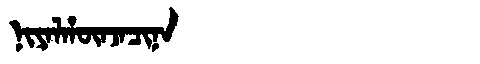
Manchu: ᠨᡳᠶᠠᠯᡥᡡᠨᠵᠠᠴᡳᠨᠠ
Romanization: NIYALHŪNJACINA